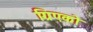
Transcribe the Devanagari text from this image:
ग्रिएको